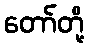
တော်တို့